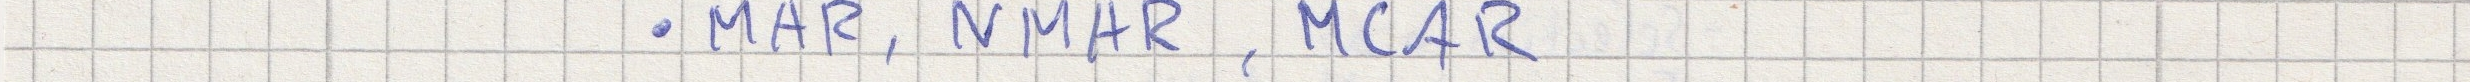
- MAR, NMAR, MCAR